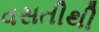
વસતીથી